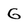
Character: G